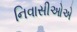
નિવાસીઓએ